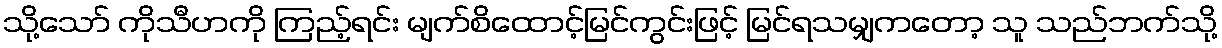
သို့သော် ကိုသီဟကို ကြည့်ရင်း မျက်စိထောင့်မြင်ကွင်းဖြင့် မြင်ရသမျှကတော့ သူ သည်ဘက်သို့